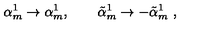
\alpha _ { m } ^ { 1 } \to \alpha _ { m } ^ { 1 } , \qquad \tilde { \alpha } _ { m } ^ { 1 } \to - \tilde { \alpha } _ { m } ^ { 1 } \ ,